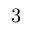
3